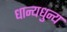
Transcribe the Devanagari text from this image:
धान्यधुन्य